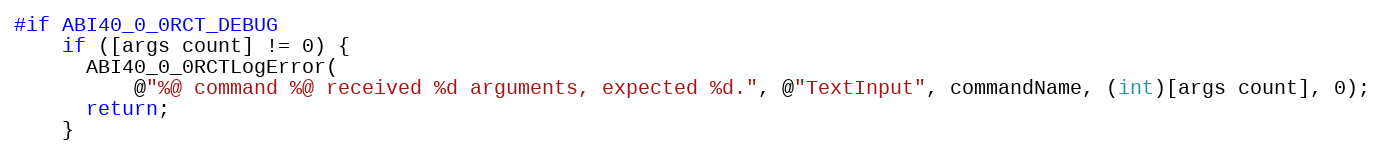
Language: C
#if ABI40_0_0RCT_DEBUG
    if ([args count] != 0) {
      ABI40_0_0RCTLogError(
          @"%@ command %@ received %d arguments, expected %d.", @"TextInput", commandName, (int)[args count], 0);
      return;
    }